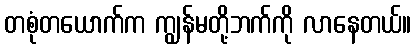
တစုံတယောက်က ကျွန်မတို့ဘက်ကို လာနေတယ်။